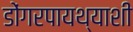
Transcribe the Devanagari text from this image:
डोंगरपायथ्याशी